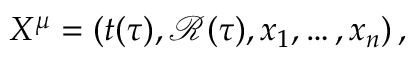
X ^ { \mu } = ( t ( \tau ) , { \mathcal R } ( \tau ) , x _ { 1 } , \dots , x _ { n } ) \, ,